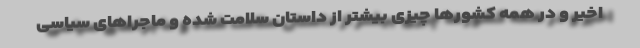
اخیر و در همه کشورها چیزی بیشتر از داستان سلامت شده و ماجراهای سیاسی